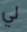
لي